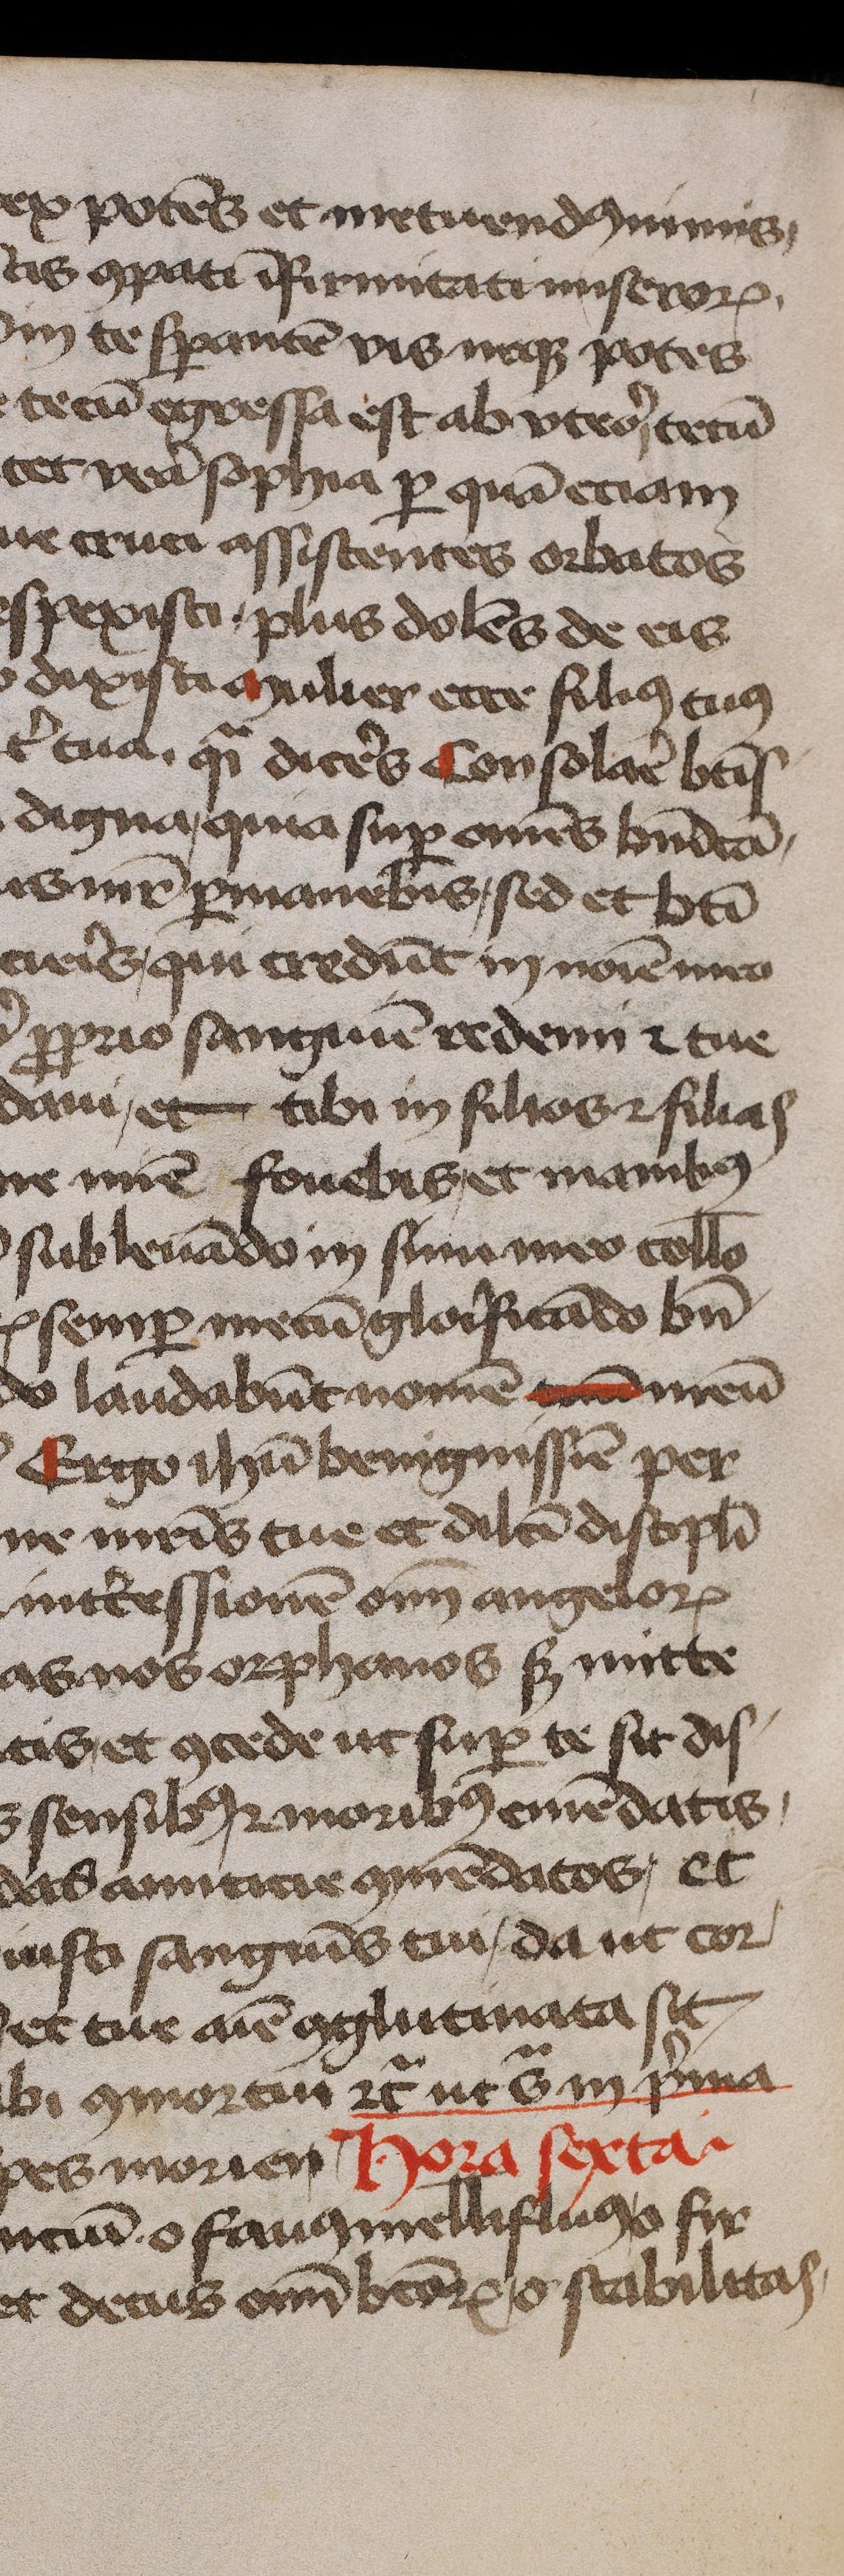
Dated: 1375–1499